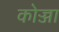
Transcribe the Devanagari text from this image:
कोज्जा